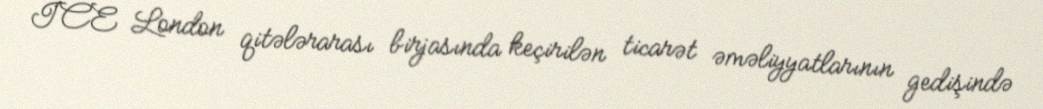
ICE London qitələrarası birjasında keçirilən ticarət əməliyyatlarının gedişində